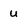
Character: u